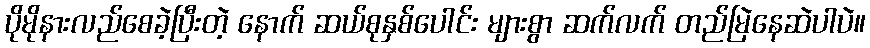
ပိုမိုနားလည်စေခဲ့ပြီးတဲ့ နောက် ဆယ်စုနှစ်ပေါင်း များစွာ ဆက်လက် တည်မြဲနေဆဲပါပဲ။